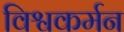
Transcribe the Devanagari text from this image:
विश्वकर्मन